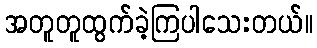
အတူတူထွက်ခဲ့ကြပါသေးတယ်။